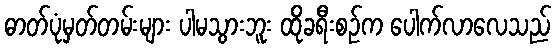
ဓာတ်ပုံမှတ်တမ်းများ ပါမသွားဘူး ထိုခရီးစဉ်က ပေါက်လာလေသည်